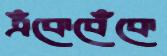
এঁকেবেঁকে